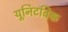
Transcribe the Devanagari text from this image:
यूनिटबिक